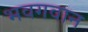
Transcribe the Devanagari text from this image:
भवगवान